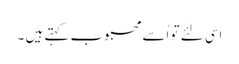
اسی لئے تو اُسے محبوب کہتے ہیں ۔